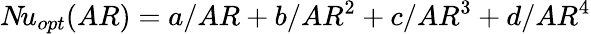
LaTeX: N\! u_{opt}(AR)=a/AR+b/AR^{2}+c/AR^{3}+d/AR^{4}